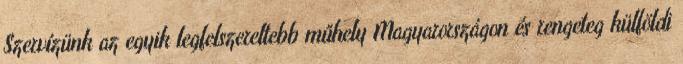
Szervízünk az egyik legfelszereltebb műhely Magyarországon és rengeteg külföldi